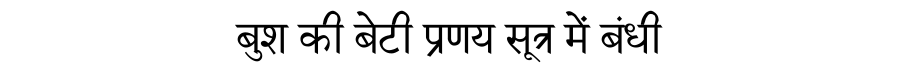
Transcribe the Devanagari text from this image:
बुश की बेटी प्रणय सूत्र में बंधी